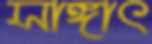
সাঙ্গাৎ